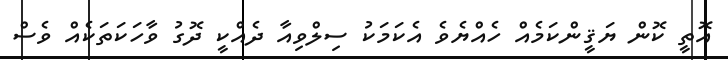
އޮތީ ކޮން ޔަޤީންކަމެއް ހެއްޔެވެ އެކަމަކު ސިލްވިއާ ދެއްކީ ދޮގު ވާހަކަތަކެއް ވެސް